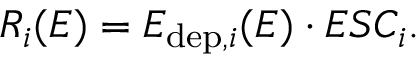
R _ { i } ( E ) = E _ { \mathrm { d e p } , i } ( E ) \cdot E S C _ { i } .